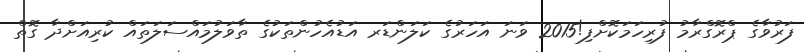
ފަރުވާގެ ޕްރޮގްރާމު ފުރިހަމަކޮށްފި!2015 ވަނަ އަހަރުގެ ކަލަންޑަރ އަޑުއެހުންތަކުގެ ތާވަލުމައްސަލަތައް ކުރިއަށްދާ ގޮތް